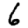
Digit: 6